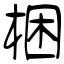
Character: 梱